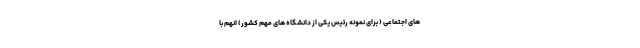
های اجتماعی ( برای نمونه رئیس یکی از دانشگاه های مهم کشور) انهم با